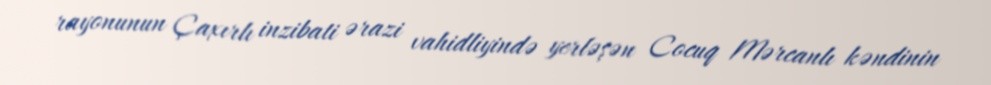
rayonunun Çaxırlı inzibati ərazi vahidliyində yerləşən Cocuq Mərcanlı kəndinin